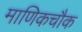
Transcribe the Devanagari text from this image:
माणिकचौक